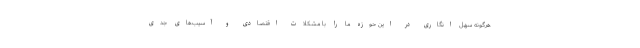
هرگونه سهل انگاری در این حوزه ما را با مشکلات اقتصادی و آسیب‌های جدی